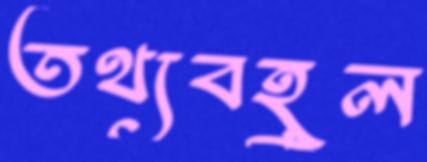
তথ্যবহুল